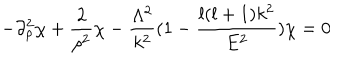
- \partial _ { \rho } ^ { 2 } \chi + \frac { 2 } { \rho ^ { 2 } } \chi - \frac { \Lambda ^ { 2 } } { k ^ { 2 } } ( 1 - \frac { l ( l + 1 ) k ^ { 2 } } { E ^ { 2 } } ) \chi = 0